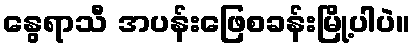
နွေရာသီ အပန်းဖြေစခန်းမြို့ပါပဲ။